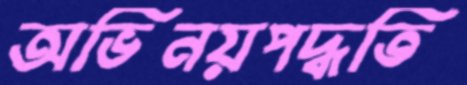
অভিনয়পদ্ধতি